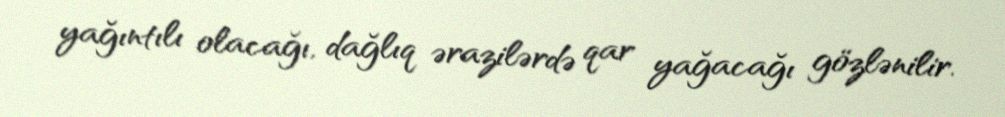
yağıntılı olacağı, dağlıq ərazilərdə qar yağacağı gözlənilir.